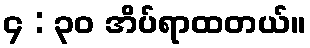
၄ : ၃၀ အိပ်ရာထတယ်။